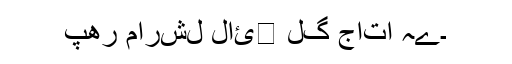
پھر مارشل لائ￿ لگ جاتا ہے۔